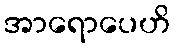
အာရောပေဟိ